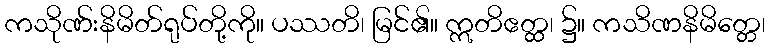
ကသိုဏ်းနိမိတ်ရုပ်တို့ကို။ ပဿတိ၊ မြင်၏။ ဣတိဧတ္ထ၊ ၌။ ကသိဏနိမိတ္တေ၊